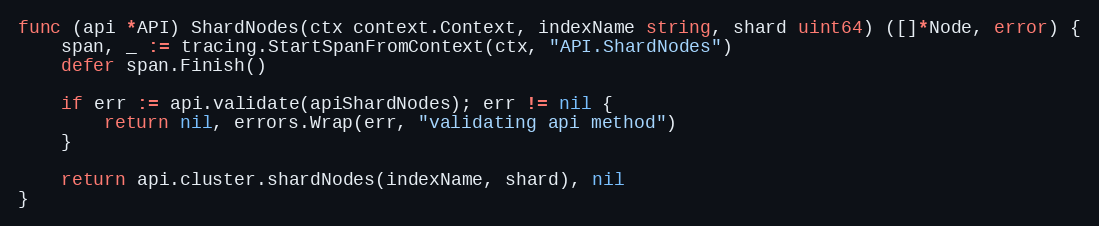
Language: Go
func (api *API) ShardNodes(ctx context.Context, indexName string, shard uint64) ([]*Node, error) {
	span, _ := tracing.StartSpanFromContext(ctx, "API.ShardNodes")
	defer span.Finish()

	if err := api.validate(apiShardNodes); err != nil {
		return nil, errors.Wrap(err, "validating api method")
	}

	return api.cluster.shardNodes(indexName, shard), nil
}